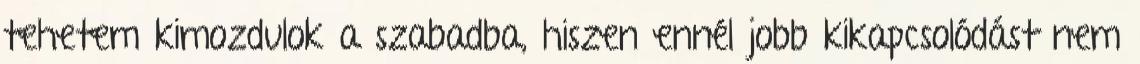
tehetem kimozdulok a szabadba, hiszen ennél jobb kikapcsolódást nem